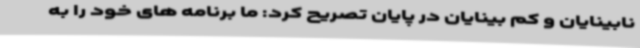
نابینایان و کم بینایان در پایان تصریح کرد: ما برنامه های خود را به